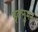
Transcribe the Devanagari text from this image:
इक्नुमन